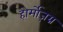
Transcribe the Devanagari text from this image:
होर्मोज़ग्न